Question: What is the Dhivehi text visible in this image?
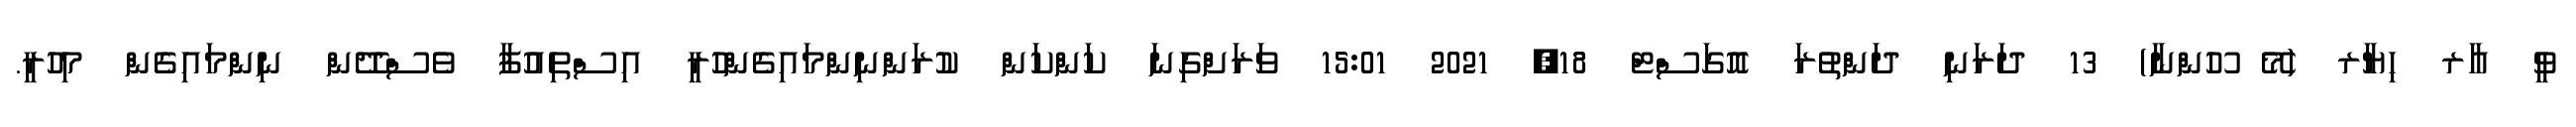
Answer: ވީ އާރ ހިޔާރ (މޭ ހޫންނާ) 13 ދަރަނި ދަންތުރަ އޮގަސްޓް 18, 2021 15:01 ވަރަށްގިނަ ކަންކަން ކުރަންނިންމައިގެންހުރީ އިސްތިއުފާ ވެސްދޭން ނިންމައިގެން މިހުރީ.